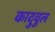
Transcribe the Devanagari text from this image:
कादुवुल